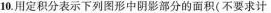
10.用定积分表示下图形中阴影部分的面积(不要求计